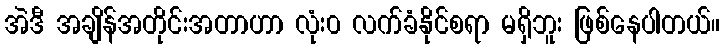
အဲဒီ အချိန်အတိုင်းအတာဟာ လုံး၀ လက်ခံနိုင်စရာ မရှိဘူး ဖြစ်နေပါတယ်။